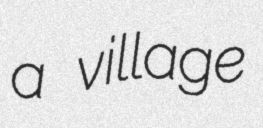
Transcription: a village